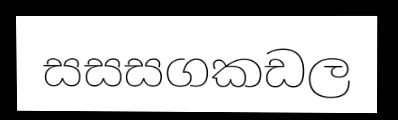
සසසගකඩල